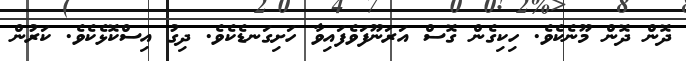
ދޮން ދޮން މޫނެކެވެ. ހިކިގެން ގޮސް އަރަނޫފަވެފައިވާ ހަށިގަނޑެކެވެ. ދިގު އިސްކޮޅެކެވެ. ކަރުން